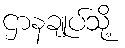
ဌာနချုပ်သို့